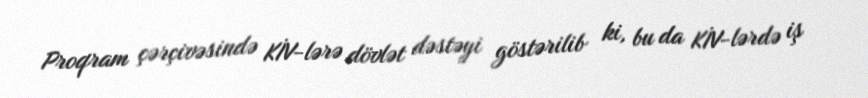
Proqram çərçivəsində KİV-lərə dövlət dəstəyi göstərilib ki, bu da KİV-lərdə iş